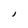
Character: I